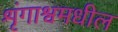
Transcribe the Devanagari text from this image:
शृंगाश्वमधील